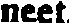
neet